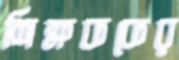
শিক্ষককের